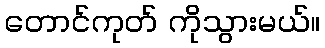
တောင်ကုတ် ကိုသွားမယ်။